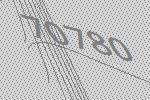
70780